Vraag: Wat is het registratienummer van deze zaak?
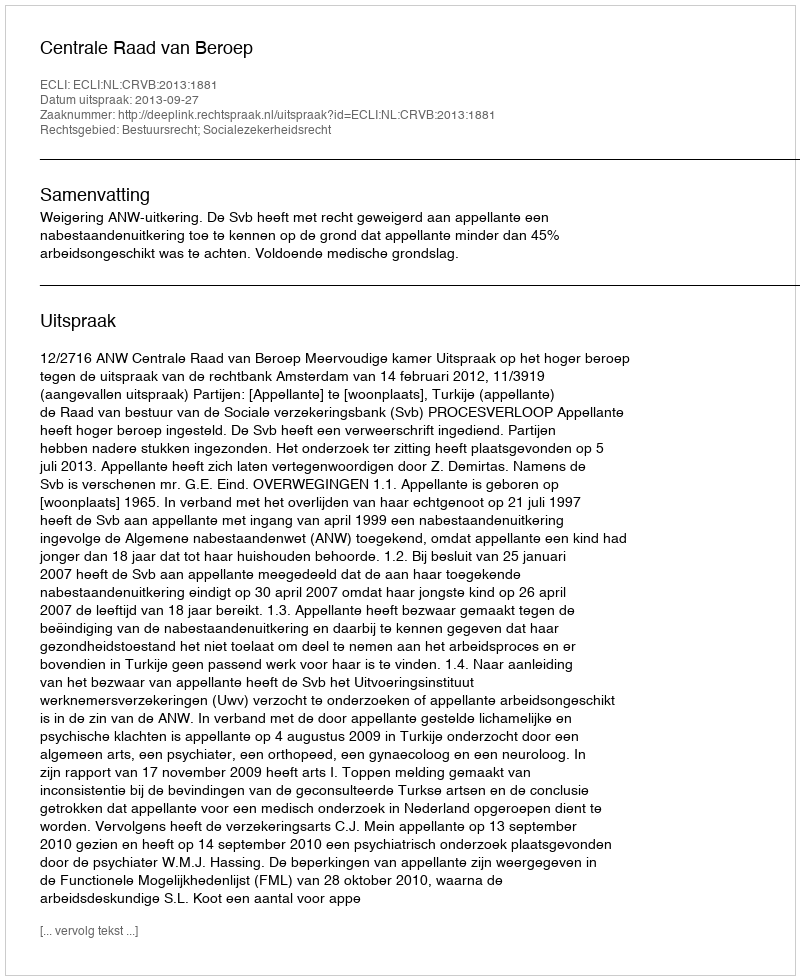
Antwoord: http://deeplink.rechtspraak.nl/uitspraak?id=ECLI:NL:CRVB:2013:1881